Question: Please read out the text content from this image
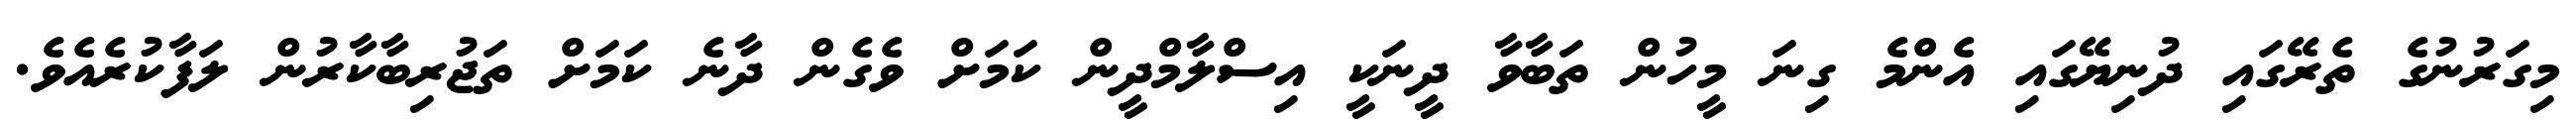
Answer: މިގަރުނުގެ ތެރޭގައި ދުނިޔޭގައި އެންމެ ގިނަ މީހުން ތަބާވާ ދީނަކީ އިސްލާމްދީން ކަމަށް ވެގެން ދާނެ ކަމަށް ތަޖުރިބާކާރުން ލަފާކުރެއެވެ.